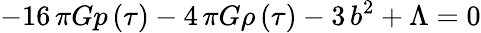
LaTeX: -16\, \pi Gp\left({\tau}\right)-4\, \pi G\rho\left({\tau}\right)-3\, b^{2}+\Lambda=0